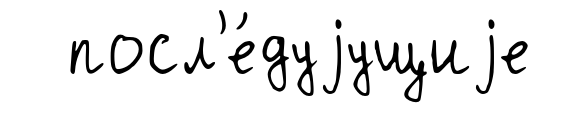
посл'е́дуjущиjе